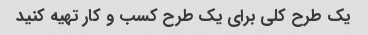
یک طرح کلی برای یک طرح کسب و کار تهیه کنید